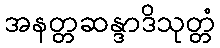
အနတ္တဆန္ဒာဒိသုတ္တံ